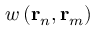
w \left( \mathbf { r } _ { n } , \mathbf { r } _ { m } \right)